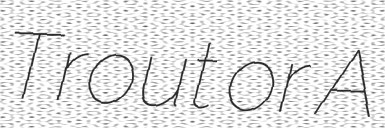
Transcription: Trout or A